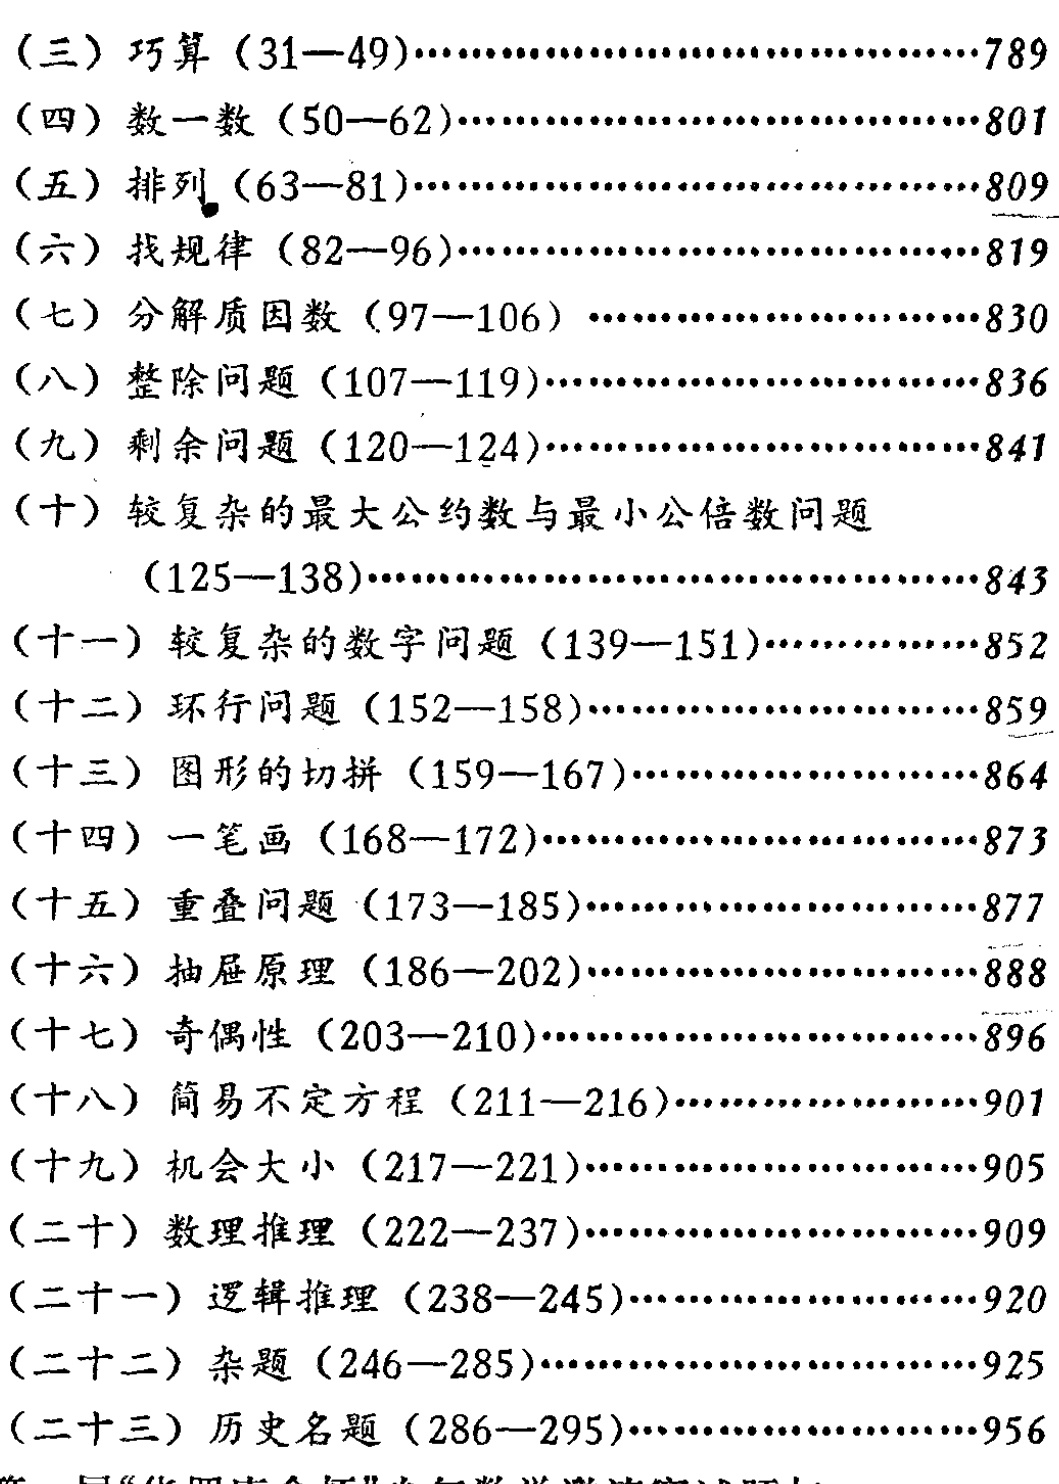
\begin{enumerate}[(三)]

\item 巧算（31--49）\cdots\cdots789

\item 数一数（50--62）\cdots\cdots801

\item 排列（63--81）\cdots\cdots809

\item 找规律（82--96）\cdots\cdots819

\item 分解质因数（97--106）\cdots\cdots830

\item 整除问题（107--119）\cdots\cdots836

\item 剩余问题（120--124）\cdots\cdots841

\item 较复杂的最大公约数与最小公倍数问题（125--138）\cdots\cdots843

\item 较复杂的数字问题（139--151）\cdots\cdots852

\item 环行问题（152--158）\cdots\cdots859

\item 图形的切拼（159--167）\cdots\cdots864

\item 一笔画（168--172）\cdots\cdots873

\item 重叠问题（173--185）\cdots\cdots877

\item 抽屉原理（186--202）\cdots\cdots888

\item 奇偶性（203--210）\cdots\cdots896

\item 简易不定方程（211--216）\cdots\cdots901

\item 机会大小（217--221）\cdots\cdots905

\item 数理推理（222--237）\cdots\cdots909

\item 逻辑推理（238--245）\cdots\cdots920

\item 杂题（246--285）\cdots\cdots925

\item 历史名题（286--295）\cdots\cdots956

\end{enumerate}